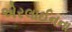
એરલાઈનના